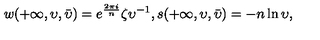
w ( + \infty , \upsilon , \bar { \upsilon } ) = e ^ { \frac { 2 \pi i } { n } } \zeta { \upsilon } ^ { - 1 } , s ( + \infty , \upsilon , \bar { \upsilon } ) = - n \ln { \upsilon } ,